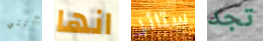
أنني انها ستائر تجد